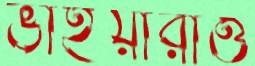
ভাইয়ারাও